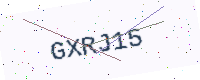
Text: GXRJ15